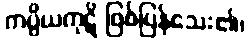
ကပ္ပိယကုဋိ ဖြစ်ပြန်သေး၏၊